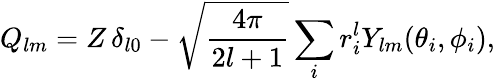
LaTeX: Q_{lm}=Z\, \delta_{l0}-\sqrt{\frac{4\pi}{2l+1}}\sum_{i}r_{i}^{l}Y_{lm}(\theta_{i},\phi_{i}),